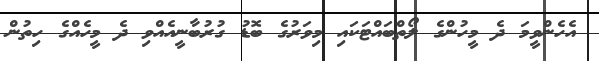
އެހެންވީމަ ދެ މީހުންގެ ލޯތްބައްޓަކައި މިވަރުގެ ބޮޑު ގުރުބާނީއެއްވި ދެ މީހެއްގެ ހިތުން